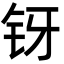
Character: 䥺